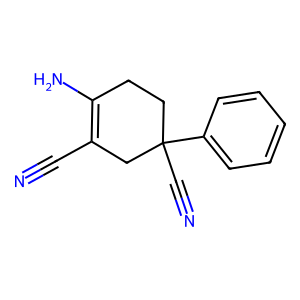
SMILES: N#CC1=C(N)CCC(C#N)(c2ccccc2)C1
Inhibits HIV replication: No